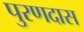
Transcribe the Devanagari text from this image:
पुरणदास